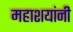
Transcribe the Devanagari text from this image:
महाशयांनी